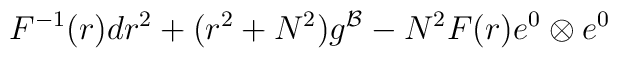
F^{-1} (r) dr^2 + ( r^2 + N^2) g^{\cal B} - N^2 F(r) e^0 \otimes e^0